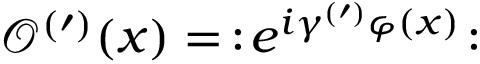
\mathcal { O } ^ { ( \prime ) } ( x ) = \, : \! e ^ { i \gamma ^ { ( \prime ) } \varphi ( x ) } \! :